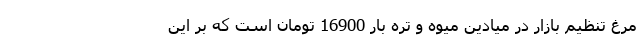
مرغ تنظیم بازار در میادین میوه و تره بار 16900 تومان است که بر این